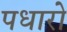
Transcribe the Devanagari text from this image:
पधारो